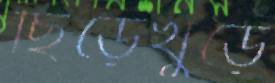
ছিঁড়েখুঁড়ে